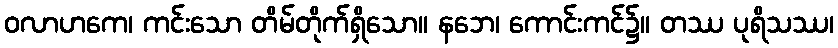
ဝလာဟကေ၊ ကင်းသော တိမ်တိုက်ရှိသော။ နဘေ၊ ကောင်းကင်၌။ တဿ ပုရိသဿ၊